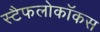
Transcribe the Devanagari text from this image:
स्टैफलोकॉकस